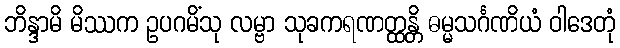
ဘိန္ဒာမိ မိဿက ဥပဂမိံသု လမ္ဗာ သုခကရဏတ္ထန္တိ ဓမ္မသင်္ဂဏိယံ ဝါဒေတုံ